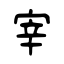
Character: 宰